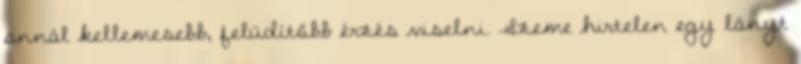
annál kellemesebb, felüdítőbb érzés viselni. Szeme hirtelen egy lányt